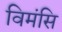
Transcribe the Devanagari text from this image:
विमंसि